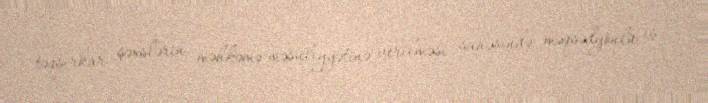
təqsirkar şəxslərin məhkəmə məsuliyyətinə verilməsi sahəsində məqsədyönlü iş